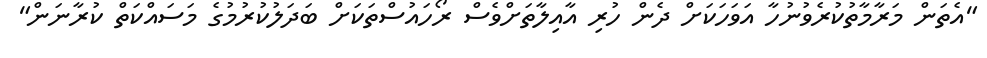
"އެތަން މަރާމާތުކުރެވުނުހާ އަވަހަކަށް ދެން ހުރި އާއިލާތަށްވެސް ރޯހައުސްތަކަށް ބަދަލުކުރުމުގެ މަސައްކަތް ކުރާނަން"